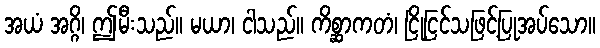
အယံ အဂ္ဂိ၊ ဤမီးသည်။ မယာ၊ ငါသည်။ ကိစ္ဆာကတံ၊ ငြိုငြင်သဖြင့်ပြုအပ်သော။